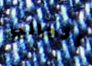
الجالية